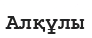
Алқұлы